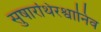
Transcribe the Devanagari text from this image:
सुषारथिरश्वानिव